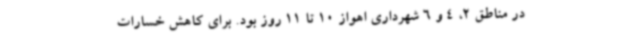
در مناطق 2، 4 و 6 شهرداری اهواز 10 تا 11 روز بود. برای کاهش خسارات